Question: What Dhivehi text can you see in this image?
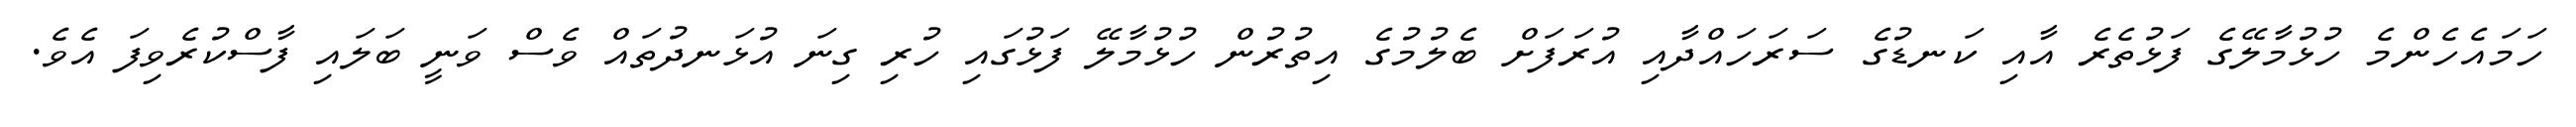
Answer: ހަމައެހެންމެ ހުޅުމާލޭގެ ފަޅުތެރެ އާއި ކަނޑުގެ ސަރަހައްދާއި އުރަފަށް ބެލުމުގެ އިތުރުން ހުޅުމާލޭ ފަޅުގައި ހުރި ގިނަ އުޅަނދުތައް ވެސް ވަނީ ބަލައި ފާސްކުރެވިފަ އެވެ.